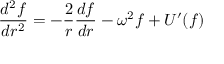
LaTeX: \frac { d ^ { 2 } f } { d r ^ { 2 } } = - \frac { 2 } { r } \frac { d f } { d r } - \omega ^ { 2 } f + U ^ { \prime } ( f )